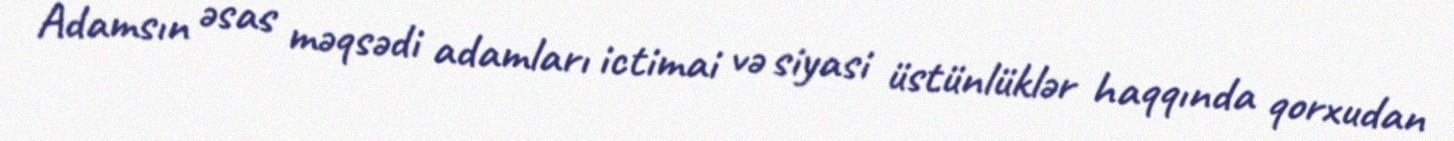
Adamsın əsas məqsədi adamları ictimai və siyasi üstünlüklər haqqında qorxudan